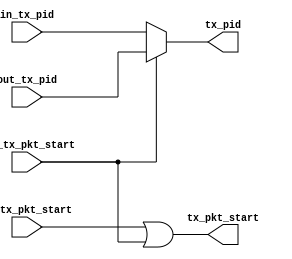
// This program was cloned from: https://github.com/davidthings/spokefpga
// License: Apache License 2.0

module usb_fs_tx_mux (
  // interface to IN Protocol Engine
  input in_tx_pkt_start,
  input [3:0] in_tx_pid,

  // interface to OUT Protocol Engine
  input out_tx_pkt_start,
  input [3:0] out_tx_pid,

  // interface to tx module
  output tx_pkt_start,
  output [3:0] tx_pid
);
  assign tx_pkt_start = in_tx_pkt_start | out_tx_pkt_start;
  assign tx_pid = out_tx_pkt_start ? out_tx_pid : in_tx_pid;
endmodule